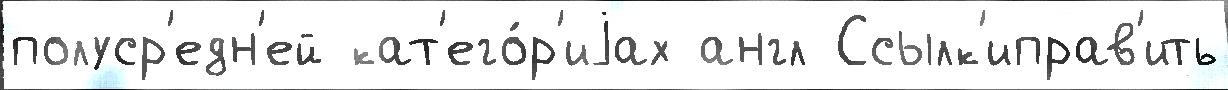
полуср'едн'ей кат'его́р'иjах англ Ссылк'иправ'ить